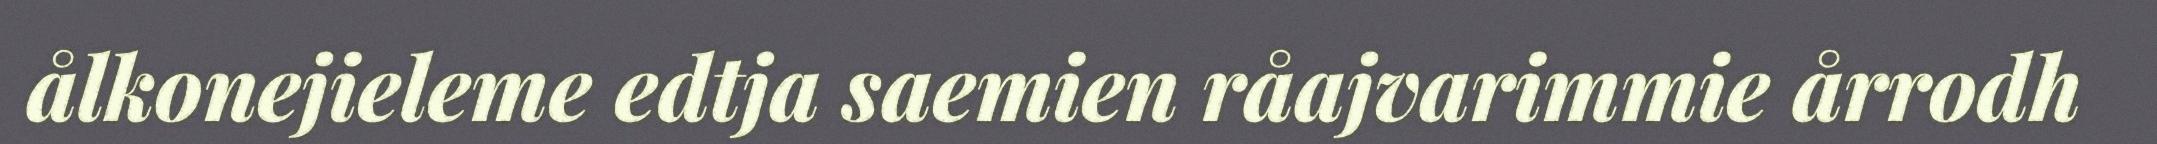
ålkonejieleme edtja saemien råajvarimmie årrodh